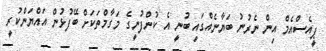
ޕީއެސްއެމް އިން ނެރުނު ބަޔާނެއްގައި ބުނީ އެ ކުންފުނީގެ މަގާމްތަކަށް ބޭފުޅުން އައްޔަންކުރީ